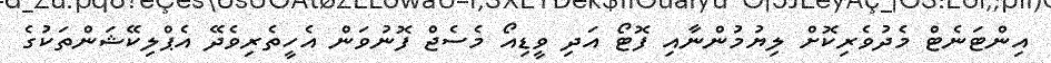
އިންޓަނެޓް މެދުވެރިކޮށް ލިޔުމުންނާއި ފޮޓޯ އަދި ވީޑިއޯ މެސެޖް ފޮނުވަން އެހީތެރިވެދޭ އެޕްލިކޭޝަންތަކުގެ